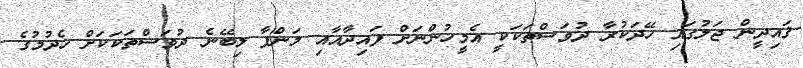
ޤައިދީން ޖަލުގައި ހޭދަކުރާ ދުވަސްތަކަކީ އެމީހުންނަށް ފައިދާއާއި މަންފާ ލިބޭނެ ދުވަސްތަކަކަށް ހެދުމުގެ